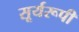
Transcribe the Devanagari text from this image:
सूर्यरूपी